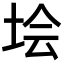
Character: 𡋗